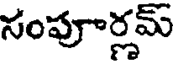
సంపూర్లమ్